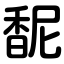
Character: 馜